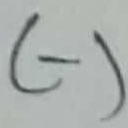
Text: (-)